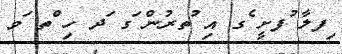
ިފލާ ުފށީ ެގ އި ުތރުން ަގ ަދ ހި ްތ ަވ